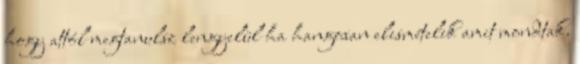
hogy attól megtanulsz lengyelül ha hangosan elismételik amit mondtak.